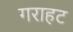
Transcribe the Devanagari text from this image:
गराहट